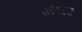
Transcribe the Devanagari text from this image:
वकिलांचा